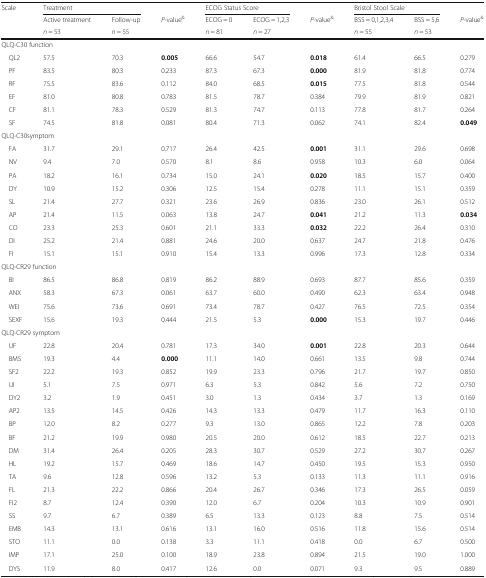
<table><thead><tr><td rowspan="3"><b>Scale</b></td><td colspan="2"><b>Treatment</b></td><td></td><td colspan="2"><b>ECOG Status Score</b></td><td></td><td colspan="2"><b>Bristol Stool Scale</b></td><td></td></tr><tr><td><b>Active treatment</b></td><td><b>Follow-up</b></td><td><b><i>P</i>-value<sup>&amp;</sup></b></td><td><b>ECOG = 0</b></td><td><b>ECOG = 1,2,3</b></td><td><b><i>P</i>-value<sup>&amp;</sup></b></td><td><b>BSS = 0,1,2,3,4</b></td><td><b>BSS = 5,6</b></td><td><b><i>P</i>-value<sup>&amp;</sup></b></td></tr><tr><td><b><i>n</i> = 53</b></td><td><b><i>n</i> = 55</b></td><td></td><td><b><i>n</i> = 81</b></td><td><b><i>n</i> = 27</b></td><td></td><td><b><i>n</i> = 55</b></td><td><b><i>n</i> = 53</b></td><td></td></tr></thead><tbody><tr><td colspan="10">QLQ-C30 function</td></tr><tr><td> QL2</td><td>57.5</td><td>70.3</td><td><b>0.005</b></td><td>66.6</td><td>54.7</td><td><b>0.018</b></td><td>61.4</td><td>66.5</td><td>0.279</td></tr><tr><td> PF</td><td>83.5</td><td>80.3</td><td>0.233</td><td>87.3</td><td>67.3</td><td><b>0.000</b></td><td>81.9</td><td>81.8</td><td>0.774</td></tr><tr><td> RF</td><td>75.5</td><td>83.6</td><td>0.112</td><td>84.0</td><td>68.5</td><td><b>0.015</b></td><td>77.5</td><td>81.8</td><td>0.544</td></tr><tr><td> EF</td><td>81.0</td><td>80.8</td><td>0.783</td><td>81.5</td><td>78.7</td><td>0.384</td><td>79.9</td><td>81.9</td><td>0.821</td></tr><tr><td> CF</td><td>81.1</td><td>78.3</td><td>0.529</td><td>81.3</td><td>74.7</td><td>0.113</td><td>77.8</td><td>81.7</td><td>0.264</td></tr><tr><td> SF</td><td>74.5</td><td>81.8</td><td>0.081</td><td>80.4</td><td>71.3</td><td>0.062</td><td>74.1</td><td>82.4</td><td><b>0.049</b></td></tr><tr><td colspan="10">QLQ-C30symptom</td></tr><tr><td> FA</td><td>31.7</td><td>29.1</td><td>0.717</td><td>26.4</td><td>42.5</td><td><b>0.001</b></td><td>31.1</td><td>29.6</td><td>0.698</td></tr><tr><td> NV</td><td>9.4</td><td>7.0</td><td>0.570</td><td>8.1</td><td>8.6</td><td>0.958</td><td>10.3</td><td>6.0</td><td>0.064</td></tr><tr><td> PA</td><td>18.2</td><td>16.1</td><td>0.734</td><td>15.0</td><td>24.1</td><td><b>0.020</b></td><td>18.5</td><td>15.7</td><td>0.400</td></tr><tr><td> DY</td><td>10.9</td><td>15.2</td><td>0.306</td><td>12.5</td><td>15.4</td><td>0.278</td><td>11.1</td><td>15.1</td><td>0.359</td></tr><tr><td> SL</td><td>21.4</td><td>27.7</td><td>0.321</td><td>23.6</td><td>26.9</td><td>0.836</td><td>23.0</td><td>26.1</td><td>0.512</td></tr><tr><td> AP</td><td>21.4</td><td>11.5</td><td>0.063</td><td>13.8</td><td>24.7</td><td><b>0.041</b></td><td>21.2</td><td>11.3</td><td><b>0.034</b></td></tr><tr><td> CO</td><td>23.3</td><td>25.3</td><td>0.601</td><td>21.1</td><td>33.3</td><td><b>0.032</b></td><td>22.2</td><td>26.4</td><td>0.310</td></tr><tr><td> DI</td><td>25.2</td><td>21.4</td><td>0.881</td><td>24.6</td><td>20.0</td><td>0.637</td><td>24.7</td><td>21.8</td><td>0.476</td></tr><tr><td> FI</td><td>15.1</td><td>15.1</td><td>0.910</td><td>15.4</td><td>13.3</td><td>0.996</td><td>17.3</td><td>12.8</td><td>0.334</td></tr><tr><td colspan="10">QLQ-CR29 function</td></tr><tr><td> BI</td><td>86.5</td><td>86.8</td><td>0.819</td><td>86.2</td><td>88.9</td><td>0.693</td><td>87.7</td><td>85.6</td><td>0.359</td></tr><tr><td> ANX</td><td>58.3</td><td>67.3</td><td>0.061</td><td>63.7</td><td>60.0</td><td>0.490</td><td>62.3</td><td>63.4</td><td>0.948</td></tr><tr><td> WEI</td><td>75.6</td><td>73.6</td><td>0.691</td><td>73.4</td><td>78.7</td><td>0.427</td><td>76.5</td><td>72.5</td><td>0.354</td></tr><tr><td> SEXF</td><td>15.6</td><td>19.3</td><td>0.444</td><td>21.5</td><td>5.3</td><td><b>0.000</b></td><td>15.3</td><td>19.7</td><td>0.446</td></tr><tr><td colspan="10">QLQ-CR29 symptom</td></tr><tr><td> UF</td><td>22.8</td><td>20.4</td><td>0.781</td><td>17.3</td><td>34.0</td><td><b>0.001</b></td><td>22.8</td><td>20.3</td><td>0.644</td></tr><tr><td> BMS</td><td>19.3</td><td>4.4</td><td><b>0.000</b></td><td>11.1</td><td>14.0</td><td>0.661</td><td>13.5</td><td>9.8</td><td>0.744</td></tr><tr><td> SF2</td><td>22.2</td><td>19.3</td><td>0.852</td><td>19.9</td><td>23.3</td><td>0.796</td><td>21.7</td><td>19.7</td><td>0.850</td></tr><tr><td> UI</td><td>5.1</td><td>7.5</td><td>0.971</td><td>6.3</td><td>5.3</td><td>0.842</td><td>5.6</td><td>7.2</td><td>0.750</td></tr><tr><td> DY2</td><td>3.2</td><td>1.9</td><td>0.451</td><td>3.0</td><td>1.3</td><td>0.434</td><td>3.7</td><td>1.3</td><td>0.169</td></tr><tr><td> AP2</td><td>13.5</td><td>14.5</td><td>0.426</td><td>14.3</td><td>13.3</td><td>0.479</td><td>11.7</td><td>16.3</td><td>0.110</td></tr><tr><td> BP</td><td>12.0</td><td>8.2</td><td>0.277</td><td>9.3</td><td>13.0</td><td>0.865</td><td>12.2</td><td>7.8</td><td>0.203</td></tr><tr><td> BF</td><td>21.2</td><td>19.9</td><td>0.980</td><td>20.5</td><td>20.0</td><td>0.612</td><td>18.5</td><td>22.7</td><td>0.213</td></tr><tr><td> DM</td><td>31.4</td><td>26.4</td><td>0.205</td><td>28.3</td><td>30.7</td><td>0.529</td><td>27.2</td><td>30.7</td><td>0.267</td></tr><tr><td> HL</td><td>19.2</td><td>15.7</td><td>0.469</td><td>18.6</td><td>14.7</td><td>0.450</td><td>19.5</td><td>15.3</td><td>0.950</td></tr><tr><td> TA</td><td>9.6</td><td>12.8</td><td>0.596</td><td>13.2</td><td>5.3</td><td>0.133</td><td>11.3</td><td>11.1</td><td>0.916</td></tr><tr><td> FL</td><td>21.3</td><td>22.2</td><td>0.866</td><td>20.4</td><td>26.7</td><td>0.346</td><td>17.3</td><td>26.5</td><td>0.059</td></tr><tr><td> FI2</td><td>8.7</td><td>12.4</td><td>0.390</td><td>12.0</td><td>6.7</td><td>0.204</td><td>10.3</td><td>10.9</td><td>0.901</td></tr><tr><td> SS</td><td>9.7</td><td>6.7</td><td>0.389</td><td>6.5</td><td>13.3</td><td>0.123</td><td>8.8</td><td>7.5</td><td>0.514</td></tr><tr><td> EMB</td><td>14.3</td><td>13.1</td><td>0.616</td><td>13.1</td><td>16.0</td><td>0.516</td><td>11.8</td><td>15.6</td><td>0.514</td></tr><tr><td> STO</td><td>11.1</td><td>0.0</td><td>0.138</td><td>3.3</td><td>11.1</td><td>0.418</td><td>0.0</td><td>6.7</td><td>0.500</td></tr><tr><td> IMP</td><td>17.1</td><td>25.0</td><td>0.100</td><td>18.9</td><td>23.8</td><td>0.894</td><td>21.5</td><td>19.0</td><td>1.000</td></tr><tr><td> DYS</td><td>11.9</td><td>8.0</td><td>0.417</td><td>12.6</td><td>0.0</td><td>0.071</td><td>9.3</td><td>9.5</td><td>0.889</td></tr></tbody></table>